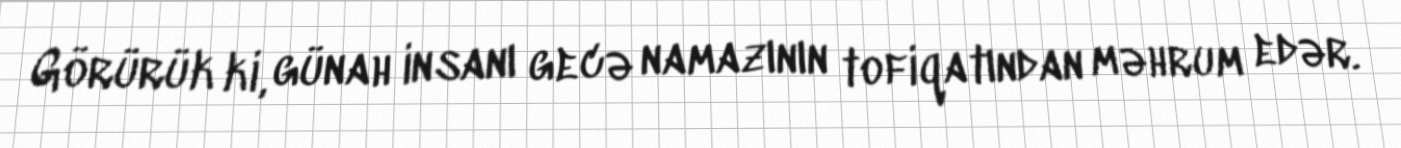
Görürük ki, günah insanı gecə namazının tofiqatından məhrum edər.